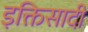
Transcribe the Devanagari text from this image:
इक्तिसादी